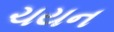
ચયન